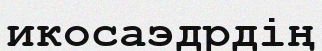
икосаэдрдің